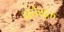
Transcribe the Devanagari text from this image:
दांतेयुक्त